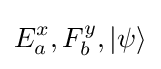
E_{a}^{x},F_{b}^{y},\left|\psi \right\rangle